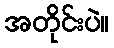
အတိုင်းပဲ။